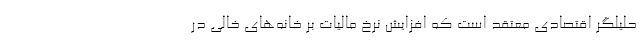
حلیلگر اقتصادی معتقد است که افزایش نرخ مالیات بر خانه‌های خالی در